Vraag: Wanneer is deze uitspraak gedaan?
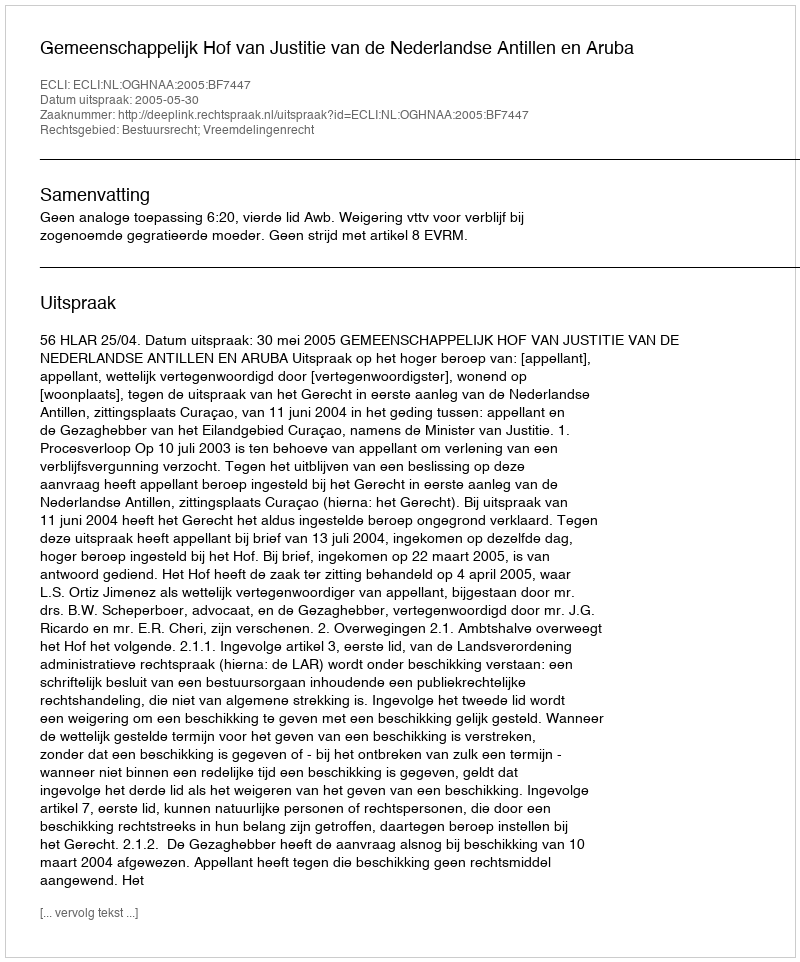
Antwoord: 2005-05-30